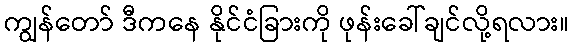
ကျွန်တော် ဒီကနေ နိုင်ငံခြားကို ဖုန်းခေါ်ချင်လို့ရလား။